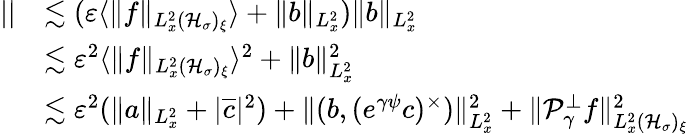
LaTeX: \begin{array}{rl}{||}&{\lesssim(\varepsilon\langle\| f\| _{L_{x}^{2}(\mathcal H_{\sigma})_{\xi}}\rangle+\| b\| _{L_{x}^{2}})\| b\| _{L_{x}^{2}}}\\ &{\lesssim\varepsilon^{2}\langle\| f\| _{L_{x}^{2}(\mathcal H_{\sigma})_{\xi}}\rangle^{2}+\| b\| _{L_{x}^{2}}^{2}}\\ &{\lesssim\varepsilon^{2}(\| a\| _{L_{x}^{2}}+|\overline{c}|^{2})+\| (b,(e^{\gamma\psi}c)^{\times})\| _{L_{x}^{2}}^{2}+\| \mathcal P_{\gamma}^{\perp}f\| _{L_{x}^{2}(\mathcal H_{\sigma})_{\xi}}^{2}}\end{array}